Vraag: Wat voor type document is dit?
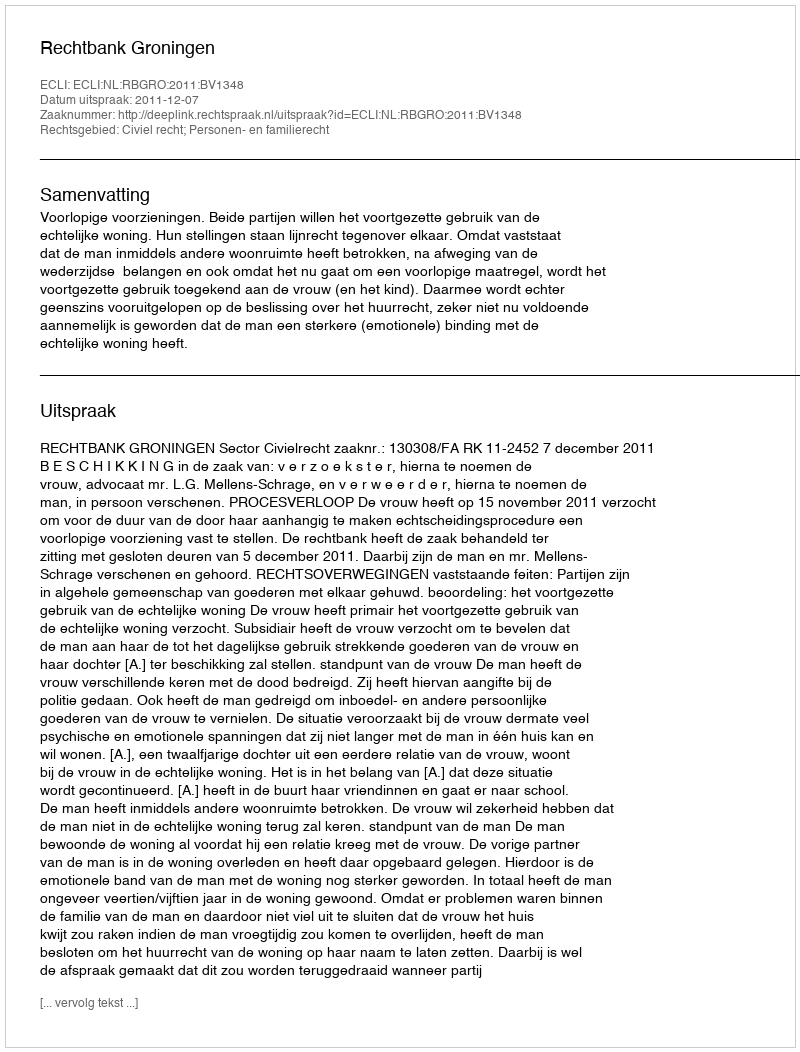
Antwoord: Uitspraak